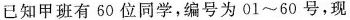
已知甲班有 60 位同学，编号为 01~60 号，现